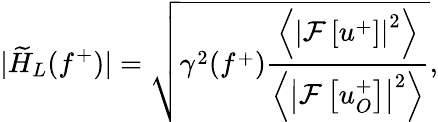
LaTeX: |\widetilde{H}_{L}(f^{+})|=\sqrt{\gamma^{2}(f^{+})\frac{\left<\left|\mathcal{F}\left[u^{+}\right]\right|^{2}\right>}{\left<\left|\mathcal{F}\left[u_{O}^{+}\right]\right|^{2}\right>}},